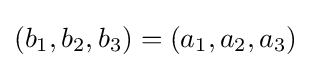
(b_{1},b_{2},b_{3})=(a_{1},a_{2},a_{3})